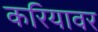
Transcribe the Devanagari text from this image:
करियावर